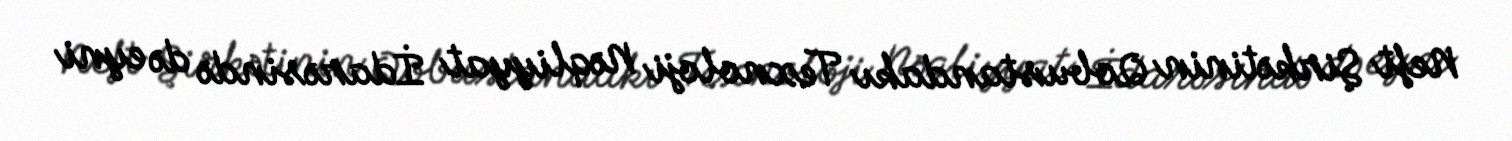
Neft Şirkətinin Qobustandakı Texnoloji Nəqliyyat İdarəsində də eyni